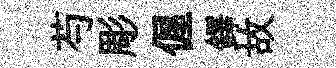
芍彫偓鐸故